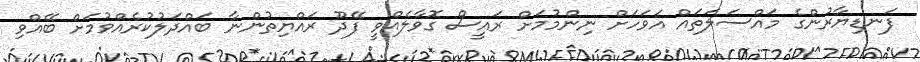
ފަނޑިޔާރުންގެ މައްސަލަތައް އަވަހަށް ނިންމުމަށް ރައީސް ގޮވާލެއްވީ ފޭދޫ ރައްޔިތުންނާ ބައްދަލުކުރެއްވުމަށް ބޭއްވި